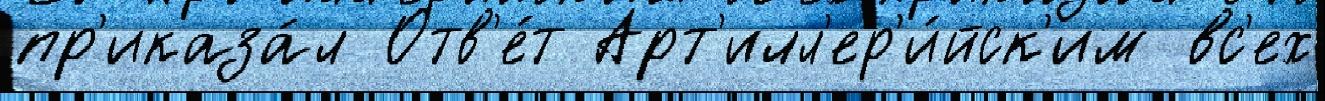
пр'иказа́л Отв'е́т Арт'илл'ер'и́йск'им вс'ех